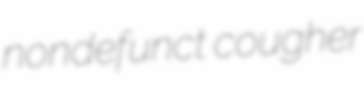
nondefunct cougher